Scottish Leaving Certificate Examination, 1958
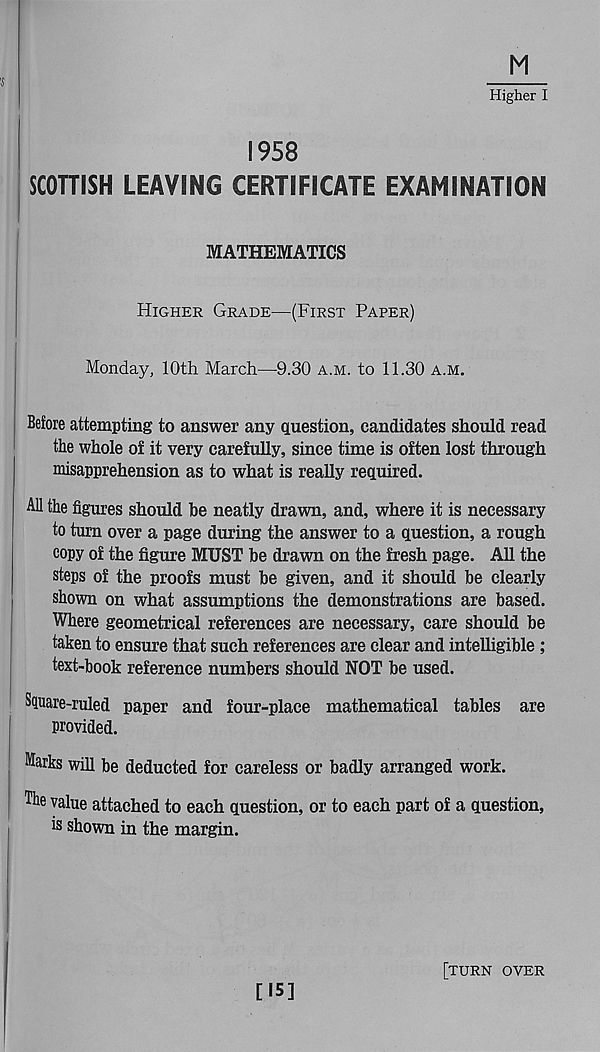
M
Higher I
1958
SCOTTISH LEAVING CERTIFICATE EXAMINATION
MATHEMATICS
Higher Grade—(First Paper)
Monday, 10th March—9.30 a.m. to 11.30 a.m.
Before attempting to answer any question, candidates should read
the whole of it very carefully, since time is often lost through
misapprehension as to what is really required.
All the figures should be neatly drawn, and, where it is necessary
to turn over a page during the answer to a question, a rough
copy of the figure MUST be drawn on the fresh page. All the
steps of the proofs must be given, and it should be clearly
shown on what assumptions the demonstrations are based.
Where geometrical references are necessary, care should be
taken to ensure that such references are clear and intelligible ;
text-book reference numbers should NOT be used.
Square-ruled paper and four-place mathematical tables are
provided.
Marks will be deducted for careless or badly arranged work.
The value attached to each question, or to each part of a question,
is shown in the margin.
[15]
[turn over